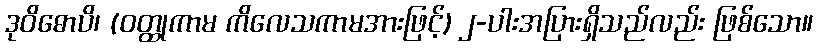
ဒုဝိဓောပိ၊ (ဝတ္ထုကာမ ကိလေသကာမအားဖြင့်) ၂-ပါးအပြားရှိသည်လည်း ဖြစ်သော။